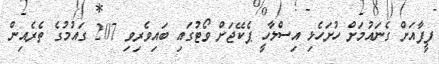
ފީފާއަށް ގެނައުމަށް ހުށަހެޅި އިސްލާހީ ޕެކޭޖަށް ވޯޓުގައި ބައިވެރިވި 207 ގައުމުގެ ތެރެއިން